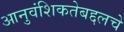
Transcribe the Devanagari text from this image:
आनुवंशिकतेबद्दलचे